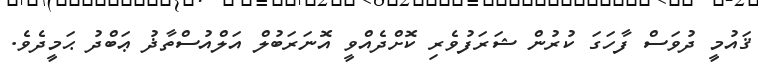
ޤައުމީ ދުވަސް ފާހަގަ ކުރުން ޝަރަފުވެރި ކޮށްދެއްވީ އޮނަރަބުލް އަލްއުސްތާޛު ޢަބްދު ޙަމީދެވެ.